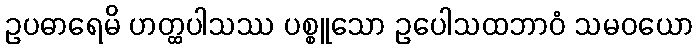
ဥပဓာရေမိ ဟတ္ထပါသဿ ပစ္စူသော ဥပေါသထဘာဝံ သမဝယော